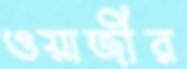
ওয়াজীর